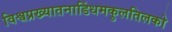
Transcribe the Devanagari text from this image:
विश्वप्रख्यातनाडिंधमकुलतिलको